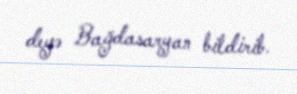
deyə Bağdasaryan bildirib.